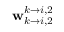
\mathbf { w } _ { k \rightarrow i , 2 } ^ { k \rightarrow i , 2 }